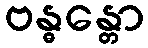
ဗန္ဓန္တော